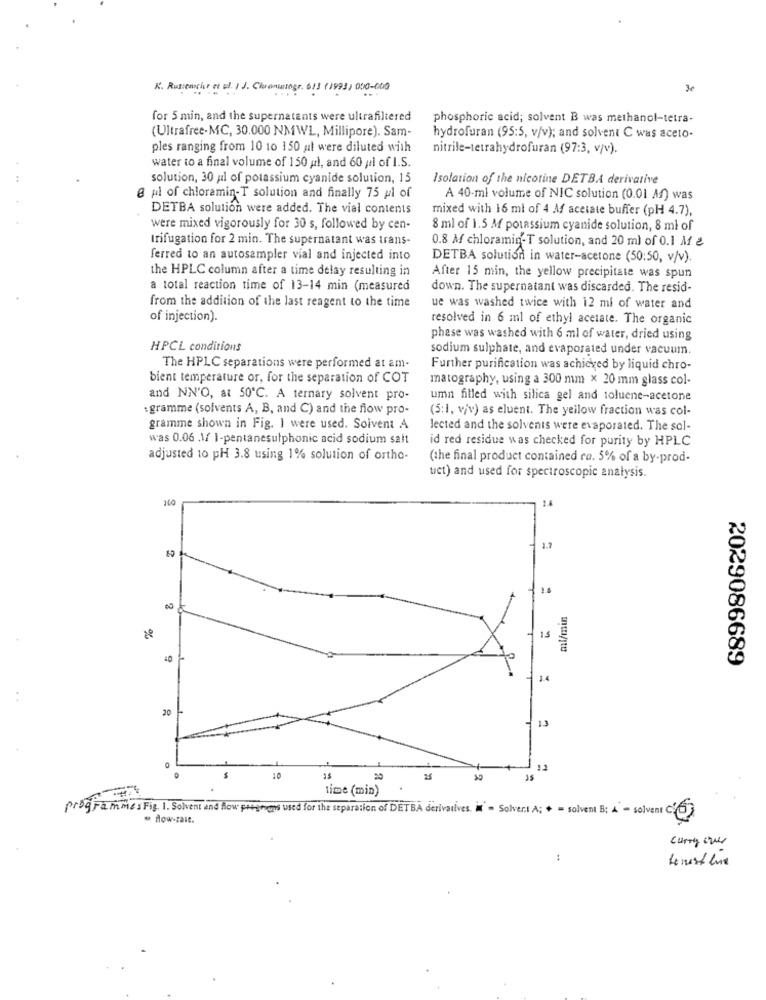
K. Russeancier et al. I J. Chromingr. 613 (1993) 0:0-000)
3e
for 5 min, and the supernatants were ultrafiltered
phosphoric acid; solvent B was methanol-tetra-
(Ultrafree-MC, 30.000 NMWL, Millipore). Sam-
hydrofuran (95:5, v/v); and solvent C was aceto-
ples ranging from 10 10 150 al were diluted with
nitrile-tetrahydrofuran (97:3, v/v).
water to a final volume of 150 al, and 60 ;il of I.S.
solution, 30 yıl of potassium cyanide solution, 15
Isolation of the nicotine DETBA derivative
@ pl of chloramin-T solution and finally 75 pl of
A 40-ml volume of NIC solution (0.01 M) was
DETBA solution were added. The vial contents
mixed with 16 ml of 4 A acetate buffer (pH 4.7),
were mixed vigorously for 30 s, followed by cen-
8 ml of 1.5 M potassium cyanide solution, 8 ml of
trifugation for 2 min. The supernatant was trans-
0.8 M chloramin-T solution, and 20 ml of 0.1 M &
ferred to an autosampler vial and injected into
DETBA solution in water-acetone (50:50, v/v).
the HPLC column after a time delay resulting in
After 15 min, the yellow precipitate was spun
a total reaction time of 13-14 min (measured
down. The supernatant was discarded. The resid-
from the addition of the last reagent to the time
ue was washed twice with 12 ml of water and
of injection).
resolved in 6 ml of ethyl acetate. The organic
phase was washed with 6 ml of water, dried using
HPCL conditions
sodium sulphate, and evaporated under vacuum.
The HPLC separations were performed at am-
Further purification was achieved by liquid chro-
bient temperature or, for the separation of COT
matography, using a 300 mm x 20 mm glass col-
and NN'O, at 50℃. A ternary solvent pro-
umn filled with silica gel and toluene-acetone
: gramme (solvents A, B, and C) and the flow pro-
(5:1, viv) as eluent. The yellow fraction was col-
gramme shown in Fig. I were used. Soivent A
lected and the solvents were evaporated. The sol-
was 0.06 .1/ 1-pentanesulphonic acid sodium salt
id red residue was checked for purity by HPLC
adjusted 10 pH 3.8 using 1% solution of ortho-
(the final product contained ra. 5% of a by-prod-
uct) and used for spectroscopic analysis.
1.7
1 1
ml/min
2029086689
1.4
20
12
11
20
time (min)
programmes Fig. 1. Solvent and flow preprions used for the separation of DETBA derivatives. it = Solvers A; + = solvent B; 4 - solvent 0
- flow-zaie.
curry over
: